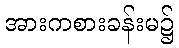
အားကစားခန်းမ၌